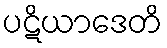
ပဋိယာဒေတိ